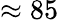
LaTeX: \approx 85